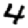
Digit: 4